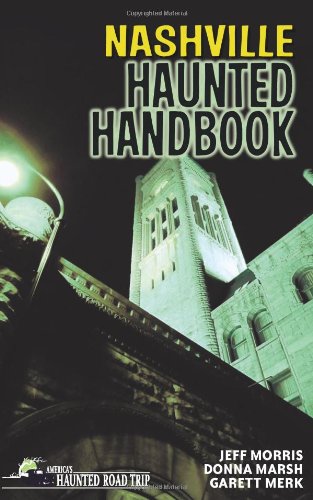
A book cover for Nashville Haunted Handbook (America's Haunted Road Trip); Donna Marsh; Travel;